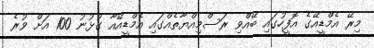
މިރޭ އެމްޑީއޭގެ އޮފީހުގައި ބޭއްވި ރަސްމިއްޔާތެއްގައި އެމްޑީއޭއާ ގުޅުނު 100 އަށް ވުރެ